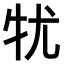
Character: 𤘜